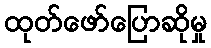
ထုတ်ဖော်ပြောဆိုမှု